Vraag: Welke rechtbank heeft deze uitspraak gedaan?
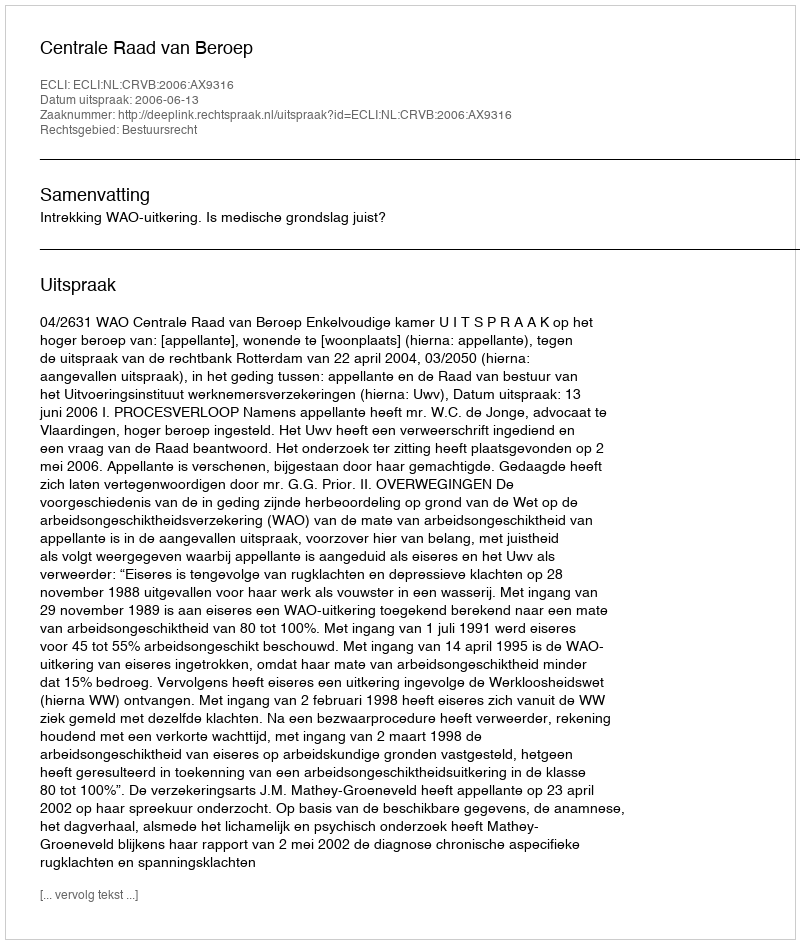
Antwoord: Centrale Raad van Beroep